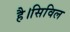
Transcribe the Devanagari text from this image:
है।सिविल